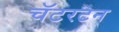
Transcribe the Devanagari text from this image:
चॅटरटन